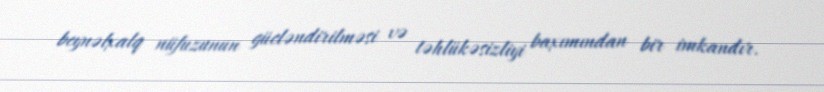
beynəlxalq nüfuzunun gücləndirilməsi və təhlükəsizliyi baxımından bir imkandır.